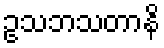
ဥသဘသတာနိ